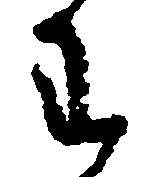
わ